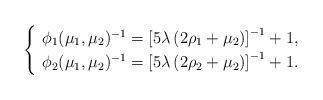
LaTeX: \begin{align*} \begin{cases}\ \phi_1(\mu_1,\mu_2)^{-1} = \left[5\lambda\left(2\rho_1+\mu_2\right)\right]^{-1} + 1, \\\ \phi_2(\mu_1,\mu_2)^{-1} = \left[5\lambda\left(2\rho_2+\mu_2\right)\right]^{-1} + 1.\end{cases}\end{align*}